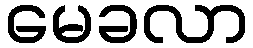
မေခလာ